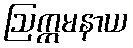
ဩက္ကမနာယ